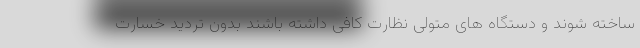
ساخته شوند و دستگاه های متولی نظارت کافی داشته باشند بدون تردید خسارت